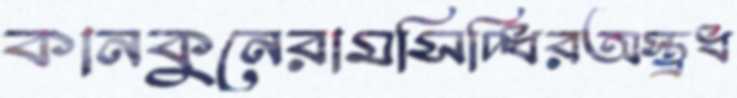
কানকুনেরামসিদ্ধিরঅস্ত্রধ